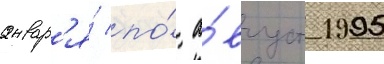
январ'я́ по́ а́вгуст 1995